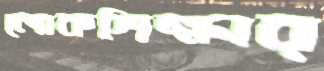
লোকশিক্ষার